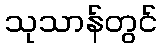
သုသာန်တွင်